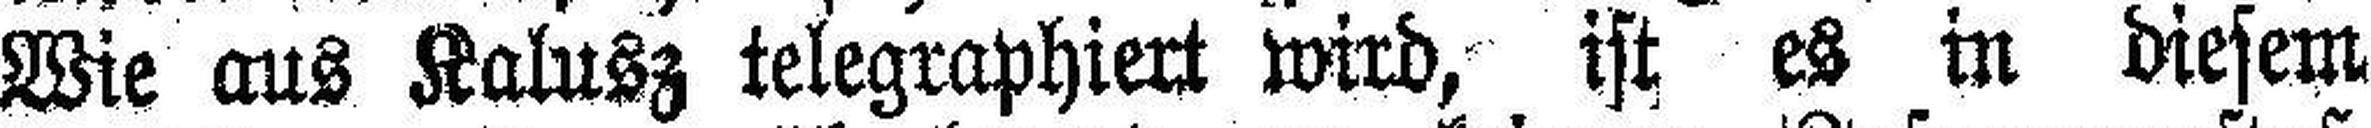
Wie aus Kalusz telegraphiert wird, ist es in diesem